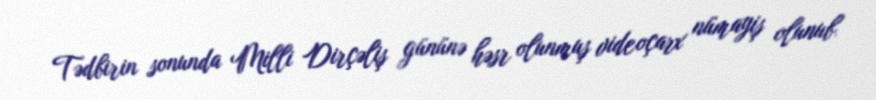
Tədbirin sonunda Milli Dirçəliş gününə həsr olunmuş videoçarx nümayiş olunub.